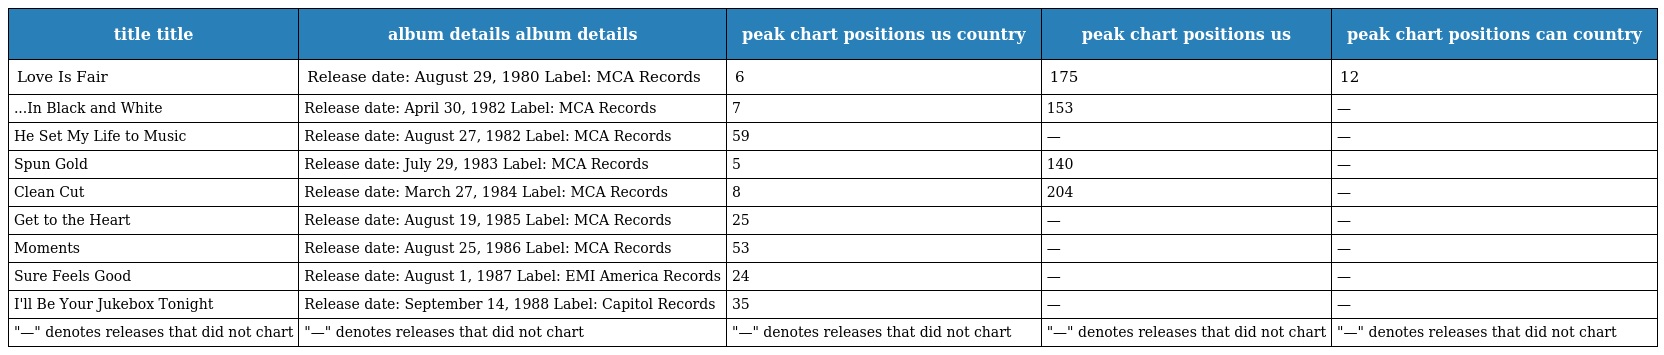
| title title | album details album details | peak chart positions us country | peak chart positions us | peak chart positions can country |
 | --- | --- | --- | --- | --- |
 | Love Is Fair | Release date: August 29, 1980 Label: MCA Records | 6 | 175 | 12 |
 | ...In Black and White | Release date: April 30, 1982 Label: MCA Records | 7 | 153 | — |
 | He Set My Life to Music | Release date: August 27, 1982 Label: MCA Records | 59 | — | — |
 | Spun Gold | Release date: July 29, 1983 Label: MCA Records | 5 | 140 | — |
 | Clean Cut | Release date: March 27, 1984 Label: MCA Records | 8 | 204 | — |
 | Get to the Heart | Release date: August 19, 1985 Label: MCA Records | 25 | — | — |
 | Moments | Release date: August 25, 1986 Label: MCA Records | 53 | — | — |
 | Sure Feels Good | Release date: August 1, 1987 Label: EMI America Records | 24 | — | — |
 | I'll Be Your Jukebox Tonight | Release date: September 14, 1988 Label: Capitol Records | 35 | — | — |
 | "—" denotes releases that did not chart | "—" denotes releases that did not chart | "—" denotes releases that did not chart | "—" denotes releases that did not chart | "—" denotes releases that did not chart |